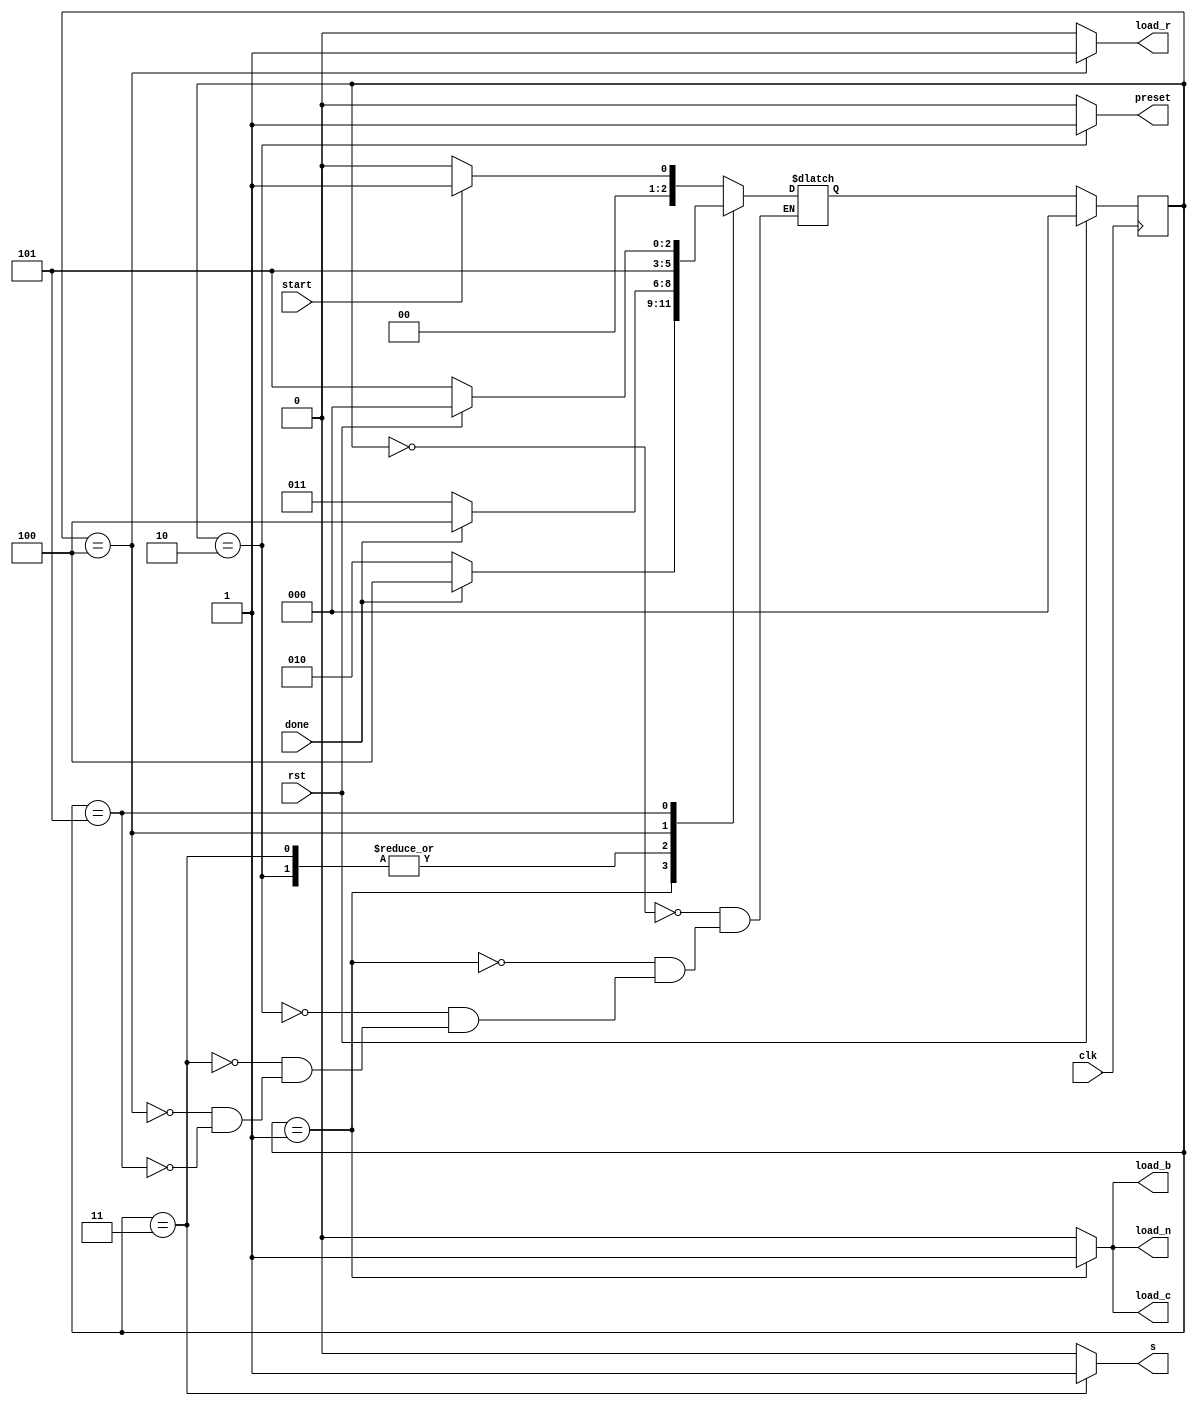
`timescale 1ns / 1ps
//////////////////////////////////////////////////////////////////////////////////
// Company: 
// Engineer: 
// 
// Design Name: 
// Module Name:    controller 
// Project Name: 
// Target Devices: 
// Tool versions: 
// Description: 
//
// Dependencies: 
//
// Revision: 
// Revision 0.01 - File Created
// Additional Comments: 
//
//////////////////////////////////////////////////////////////////////////////////
module controller(
    input done,
	 input rst,
	 input clk,
	 input start,
	 output reg load_n,
    output reg load_c,
    output reg load_r,
    output reg load_b,
	 output reg s,
	 output reg preset
    );
	parameter state_reg_width = 3 ;
	parameter [state_reg_width -1 : 0]  start_state = 0 ,
												   read_state = 1,
											      calc_state=2,
													mult_state=3,
												   done_state=4,
													end_state=5;
	reg [state_reg_width -1 : 0] curr_state , next_state ;

//state register
	always @(posedge clk)begin
		if(rst)
			begin
			curr_state <= start_state;
			end
		else 
			begin
			curr_state <= next_state;
			end
	end
	
//state_logic
	always@(*) begin
		load_n=0;
		load_c=0;
		load_r=0;
		load_b=0;
		s=0;
		preset=0; 
		
	case(curr_state)
		start_state:
			begin
				if (start) next_state = read_state;
				else next_state = start_state;
			end
		read_state:
			begin
				load_n=1;
				load_c=1;
				load_r=0;
				load_b=1;
				s=0;
				preset=0;
				if (done) next_state = done_state;
				else next_state = calc_state;	
			end
		calc_state:
			begin
				load_n=0;
				load_c=0;
				load_r=0;
				load_b=0;
				s=0;
				preset=1;
				if (done) next_state = done_state;
				else next_state = mult_state;	
			end
		mult_state:
			begin
				load_n=0;
				load_c=0;
				load_r=0;
				load_b=0;
				s=1;
				preset=0;
				if (done) next_state = done_state;
				else next_state = mult_state;	
			end
		done_state:
			begin
				load_r=1;
				next_state= end_state;
			end
		end_state:
			begin
				load_r=0;
				if (rst) next_state = start_state;
				else next_state = end_state;
			end
	endcase			
	end
endmodule